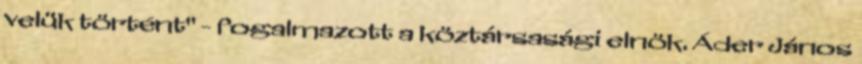
velük történt" - fogalmazott a köztársasági elnök. Áder János